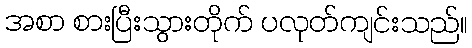
အစာ စားပြီးသွားတိုက် ပလုတ်ကျင်းသည်။